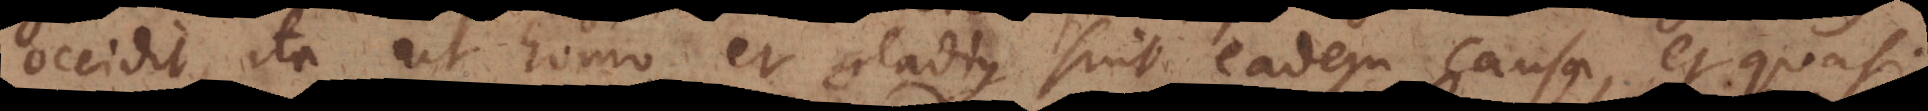
occidit, ita ut homo, et gladius sint eadem causa, et quasi